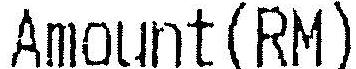
AMOUNT(RM)